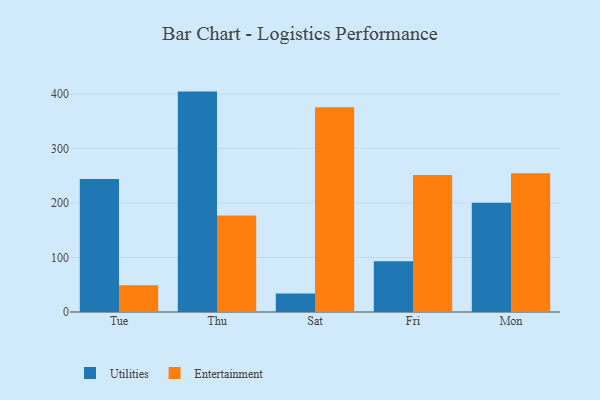
{"axis": {"x": "Day", "y": "Operating Costs (USD K)"}, "legend": ["Entertainment", "Utilities"], "data": [{"x": "Tue", "y": 243.8, "type": "Utilities"}, {"x": "Tue", "y": 49.1, "type": "Entertainment"}, {"x": "Thu", "y": 404.2, "type": "Utilities"}, {"x": "Thu", "y": 177.2, "type": "Entertainment"}, {"x": "Sat", "y": 34.0, "type": "Utilities"}, {"x": "Sat", "y": 375.6, "type": "Entertainment"}, {"x": "Fri", "y": 93.1, "type": "Utilities"}, {"x": "Fri", "y": 251.3, "type": "Entertainment"}, {"x": "Mon", "y": 200.2, "type": "Utilities"}, {"x": "Mon", "y": 254.3, "type": "Entertainment"}]}